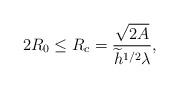
LaTeX: \begin{align*} 2R_0 \leq R_c = \frac{\sqrt{2A}}{ \widetilde{h}^{1/2} \lambda}, \end{align*}